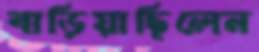
বাড়িয়াছিলেন